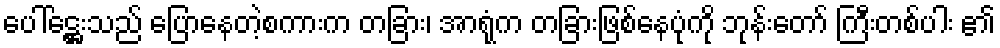
ပေါ်ဋ္ဌေးသည် ပြောနေတဲ့စကားက တခြား၊ အာရုံက တခြားဖြစ်နေပုံကို ဘုန်းတော် ကြီးတစ်ပါး ၏